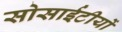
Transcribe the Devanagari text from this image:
सोसाईटीयों